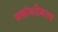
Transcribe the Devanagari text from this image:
प्रश्नांबरोबरच